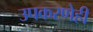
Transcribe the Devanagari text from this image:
उपकरणेही